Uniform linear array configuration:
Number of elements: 4
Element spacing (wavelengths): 0.25
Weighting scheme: hann
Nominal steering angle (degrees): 60
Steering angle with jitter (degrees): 59.899
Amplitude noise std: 0.05
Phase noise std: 0.05

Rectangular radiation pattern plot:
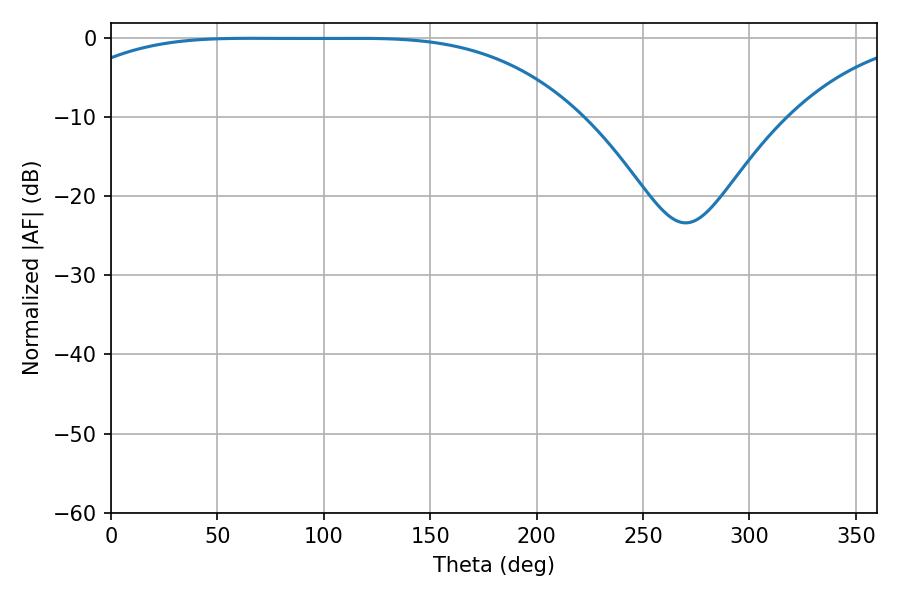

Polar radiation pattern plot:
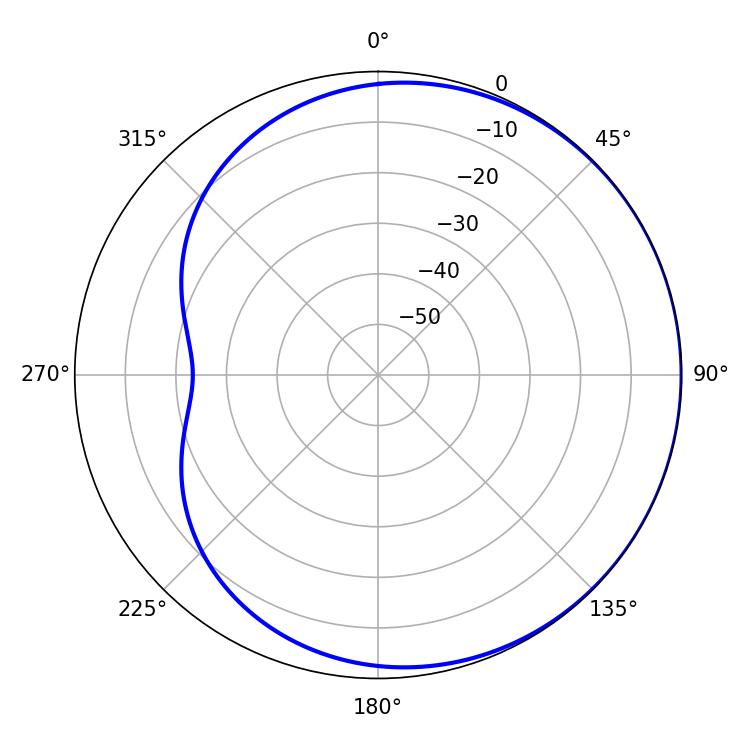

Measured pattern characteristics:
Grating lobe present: FALSE
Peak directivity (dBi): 0.544
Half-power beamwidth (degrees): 184.86
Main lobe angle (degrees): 66.24